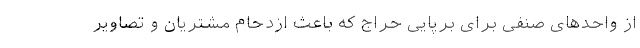
از واحد‌های صنفی برای برپایی حراج که باعث ازدحام مشتریان و تصاویر